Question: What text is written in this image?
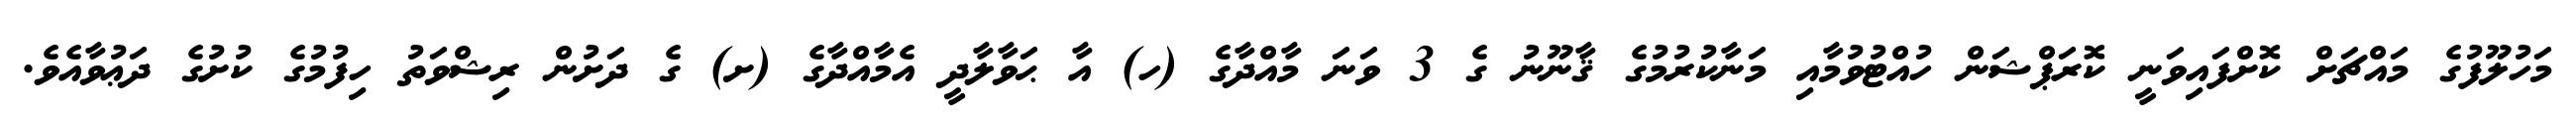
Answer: މަހުލޫފުގެ މައްޗަށް ކޮށްފައިވަނީ ކޮރަޕްޝަން ހުއްޓުވުމާއި މަނާކުރުމުގެ ޤާނޫނު ގެ 3 ވަނަ މާއްދާގެ (ހ) އާ ޙަވާލާދީ އެމާއްދާގެ (ށ) ގެ ދަށުން ރިޝްވަތު ހިފުމުގެ ކުށުގެ ދަޢުވާއެވެ.